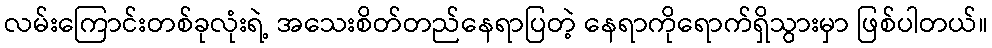
လမ်းကြောင်းတစ်ခုလုံးရဲ့ အသေးစိတ်တည်နေရာပြတဲ့ နေရာကိုရောက်ရှိသွားမှာ ဖြစ်ပါတယ်။